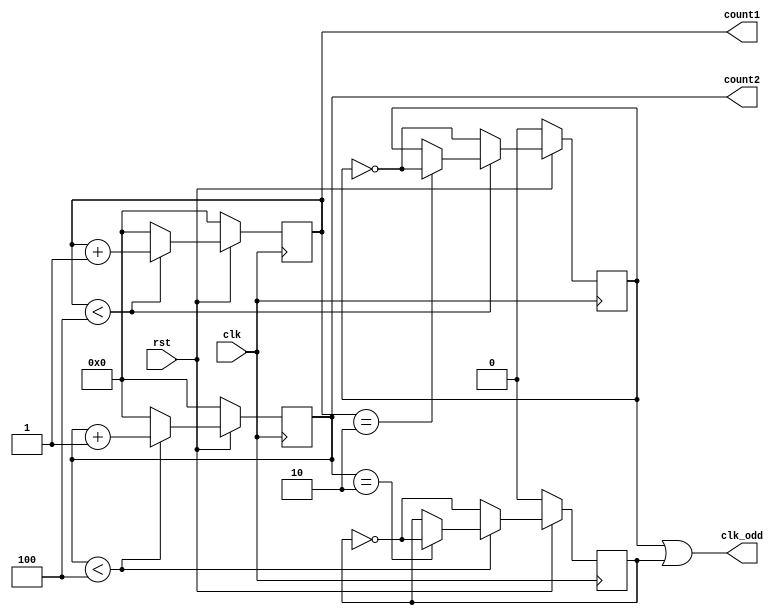
module Odd_division(clk,rst,count1,count2,clk_odd);
input        clk,rst;
output[3:0] count1,count2;
output       clk_odd;
reg[3:0]     count1,count2;
reg          clkA,clkB;
wire         clk_odd;
wire 			 clk_re;


parameter    N = 5;

    assign clk_re   = ~clk;
    assign clk_odd = clkA | clkB;
    
    always @(posedge clk)
      if(! rst) 
        begin
          count1 <= 1'b0;
          clkA <= 1'b0;           
        end
      else
        if(count1 < (N - 1))
          begin
            count1 <= count1 + 1'b1;             
            if(count1 == (N - 1)/2)
              begin
                clkA <= ~clkA;
              end                
          end          
        else
          begin
            clkA <= ~clkA;
            count1 <= 1'b0;
          end           
          
always @ (posedge clk_re)
    if(! rst)
      begin
        count2 <= 1'b0;
        clkB <= 1'b0;
      end
    else
      if(count2 < (N - 1))
        begin
          count2 <= count2 + 1'b1;             
            if(count2 == (N - 1)/2)
              begin
                clkB <= ~clkB;
              end                
        end          
      else
        begin
          clkB <= ~clkB;
          count2 <= 1'b0;
        end           
endmodule